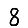
Digit: 8